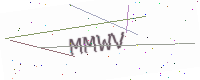
Text: MMWV